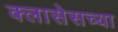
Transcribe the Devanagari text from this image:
क्लासेसच्या